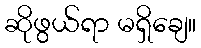
ဆိုဖွယ်ရာ မရှိချေ။